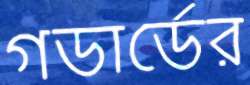
গডার্ডের